Lunatic asylums United Provinces 1899-1908 - 1899-1908
Year: 1899
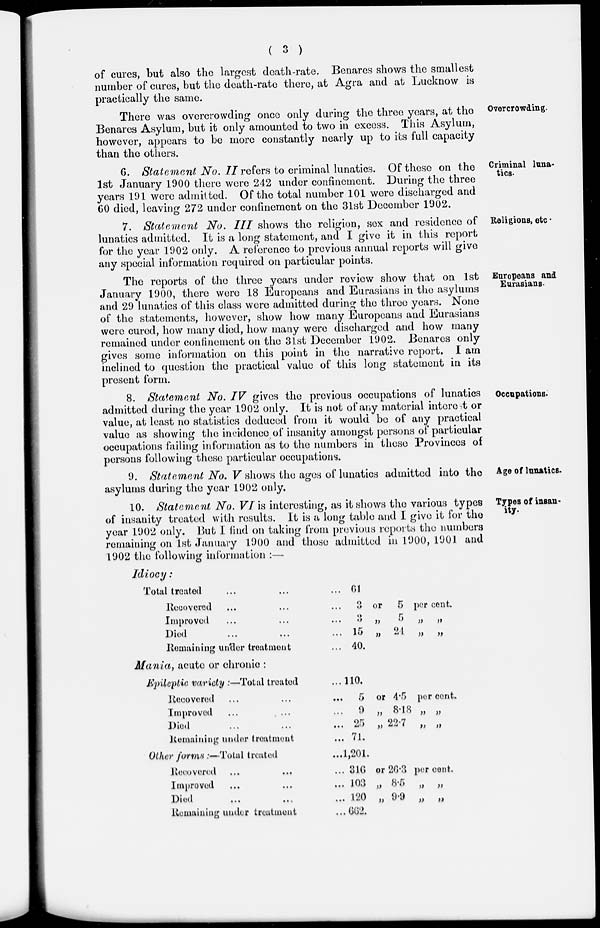
( 3 )
of cures, but also the largest death-rate. Benares shows the smallest
number of cures, but the death-rate there, at Agra and at Lucknow is
practically the same.
Overcrowding.
There was overcrowding once only during the three years, at the
Benares Asylum, but it only amounted to two in excess. This Asylum,
however, appears to be more constantly nearly up to its full capacity
than the others.
Criminal luna-
tics.
6. Statement No. II refers to criminal lunatics. Of these on the
1st January 1900 there were 242 under confinement. During the three
years 191 were admitted. Of the total number 101 were discharged and
60 died, leaving 272 under confinement on the 31st December 1902.
Religions, etc.
7. Statement
No. III shows the religion, sex and residence of
lunatics admitted. It is a long statement, and I give it in this report
for the year 1902 only. A reference to previous annual reports will give
any special information required on particular points.
Europeans and
Eurasians.
The reports of the three years under review show that on 1st
January 1900, there were 18 Europeans and Eurasians in the asylums
and 29 lunatics of this class were admitted during the three years. None
of the statements, however, show how many Europeans and Eurasians
were cured, how many died, how many were discharged and how many
remained under confinement on the 31st December 1902. Benares only
gives some information on this point in the narrative report. I am
inclined to question the practical value of this long statement in its
present form.
Occupations.
8. Statement No. IV gives the previous occupations of lunatics
admitted during the year 1902 only. It is not of any material interest or
value, at least no statistics deduced from it would be of any practical
value as showing the incidence of insanity amongst persons of particular
occupations failing information as to the numbers in these Provinces of
persons following these particular occupations.
Age of lunatics.
9. Statement No. V shows the ages of lunatics admitted into the
asylums during the year 1902 only.
Types of insanity.
10. Statement No. VI is interesting, as it shows the various types
of insanity treated with results. It is a long table and I give it for the
year 1902 only. But I find on taking from previous reports the numbers
remaining on 1st January 1900 and those admitted in 1900, 1901 and
1902 the following information :—
Idiocy:
Total treated ... ... ...
Recvered ... ... ...
Improved ... ... ...
Died ... ... ...
Remaining under treatment ...
61
3 or
5
per cent.
3
„
5
„
„
15
„
24 „ „
40.
Mania, acute or chronic :
Epileplic variety :—Total treated ...
Recovered ... ... ...
Improved ... ... ...
Died ... ... ...
Remaining under treatment
...
Other forms :—Total treated
...
Recovered ... ... ...
Improved ... ... ...
Died ... ... ...
Remaining under treatment ...
110.
5 or 4.5 per cent.
9 „ 8.18 „ „
25 „ 22.7 „ „
71.
1,201.
316 or 26.3 per cent.
103 „ 8.5 „ „
120 „ 9.9 „ „
662.